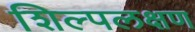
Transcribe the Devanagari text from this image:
शिल्पलक्षण